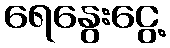
ရေနွေးငွေ့